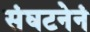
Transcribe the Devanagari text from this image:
संघटनेनं